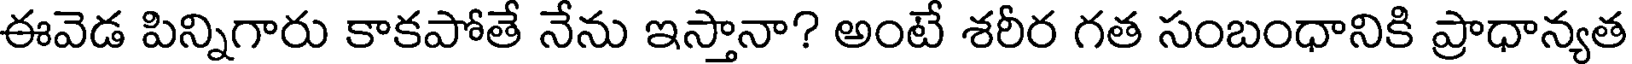
ఈవెడ పిన్నిగారు కాకపోతే నేను ఇస్తానా? అంటే శరీర గత సంబంధానికి ప్రాధాన్యత